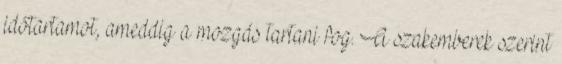
időtartamot, ameddig a mozgás tartani fog. A szakemberek szerint